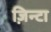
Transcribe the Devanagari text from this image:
ज़िन्टा